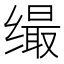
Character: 𦈛